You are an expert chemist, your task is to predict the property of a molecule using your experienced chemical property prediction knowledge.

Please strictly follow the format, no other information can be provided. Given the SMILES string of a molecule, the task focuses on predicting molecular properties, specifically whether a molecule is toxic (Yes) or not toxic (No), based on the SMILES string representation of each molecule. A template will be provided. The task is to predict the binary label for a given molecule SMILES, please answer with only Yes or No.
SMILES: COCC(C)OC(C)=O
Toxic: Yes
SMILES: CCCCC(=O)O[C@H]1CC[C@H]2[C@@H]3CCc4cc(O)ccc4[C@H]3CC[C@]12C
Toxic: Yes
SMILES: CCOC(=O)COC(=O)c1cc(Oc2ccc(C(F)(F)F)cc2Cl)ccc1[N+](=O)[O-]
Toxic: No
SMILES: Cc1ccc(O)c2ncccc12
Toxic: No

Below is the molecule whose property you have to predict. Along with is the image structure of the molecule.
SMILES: CCOc1ccc(N=Nc2ccc(C=Cc3ccc(N=Nc4ccc(OCC)cc4)cc3S(=O)(=O)[O-])c(S(=O)(=O)[O-])c2)cc1
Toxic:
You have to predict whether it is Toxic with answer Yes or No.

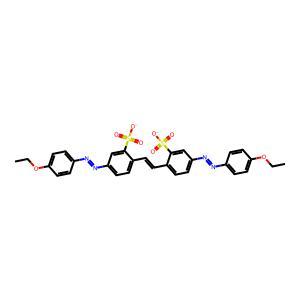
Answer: No